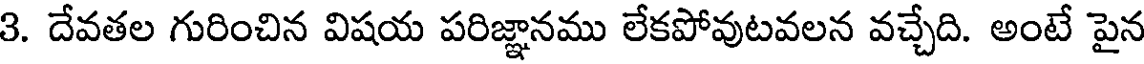
3. దేవతల గురించిన విషయ పరిజ్ఞానము లేకపోవుటవలన వచ్చేది. అంటే పైన